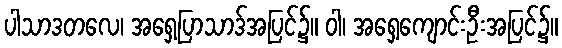
ပါသာဒတလေ၊ အရှေ့ပြာသာဒ်အပြင်၌။ ဝါ၊ အရှေ့ကျောင်းဦးအပြင်၌။